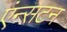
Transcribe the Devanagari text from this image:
एंन्सटन